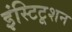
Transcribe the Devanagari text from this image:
इंस्टिटूशन